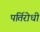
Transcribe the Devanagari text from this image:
पर्तिरोधी